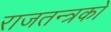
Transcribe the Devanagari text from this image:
राजतन्त्रको